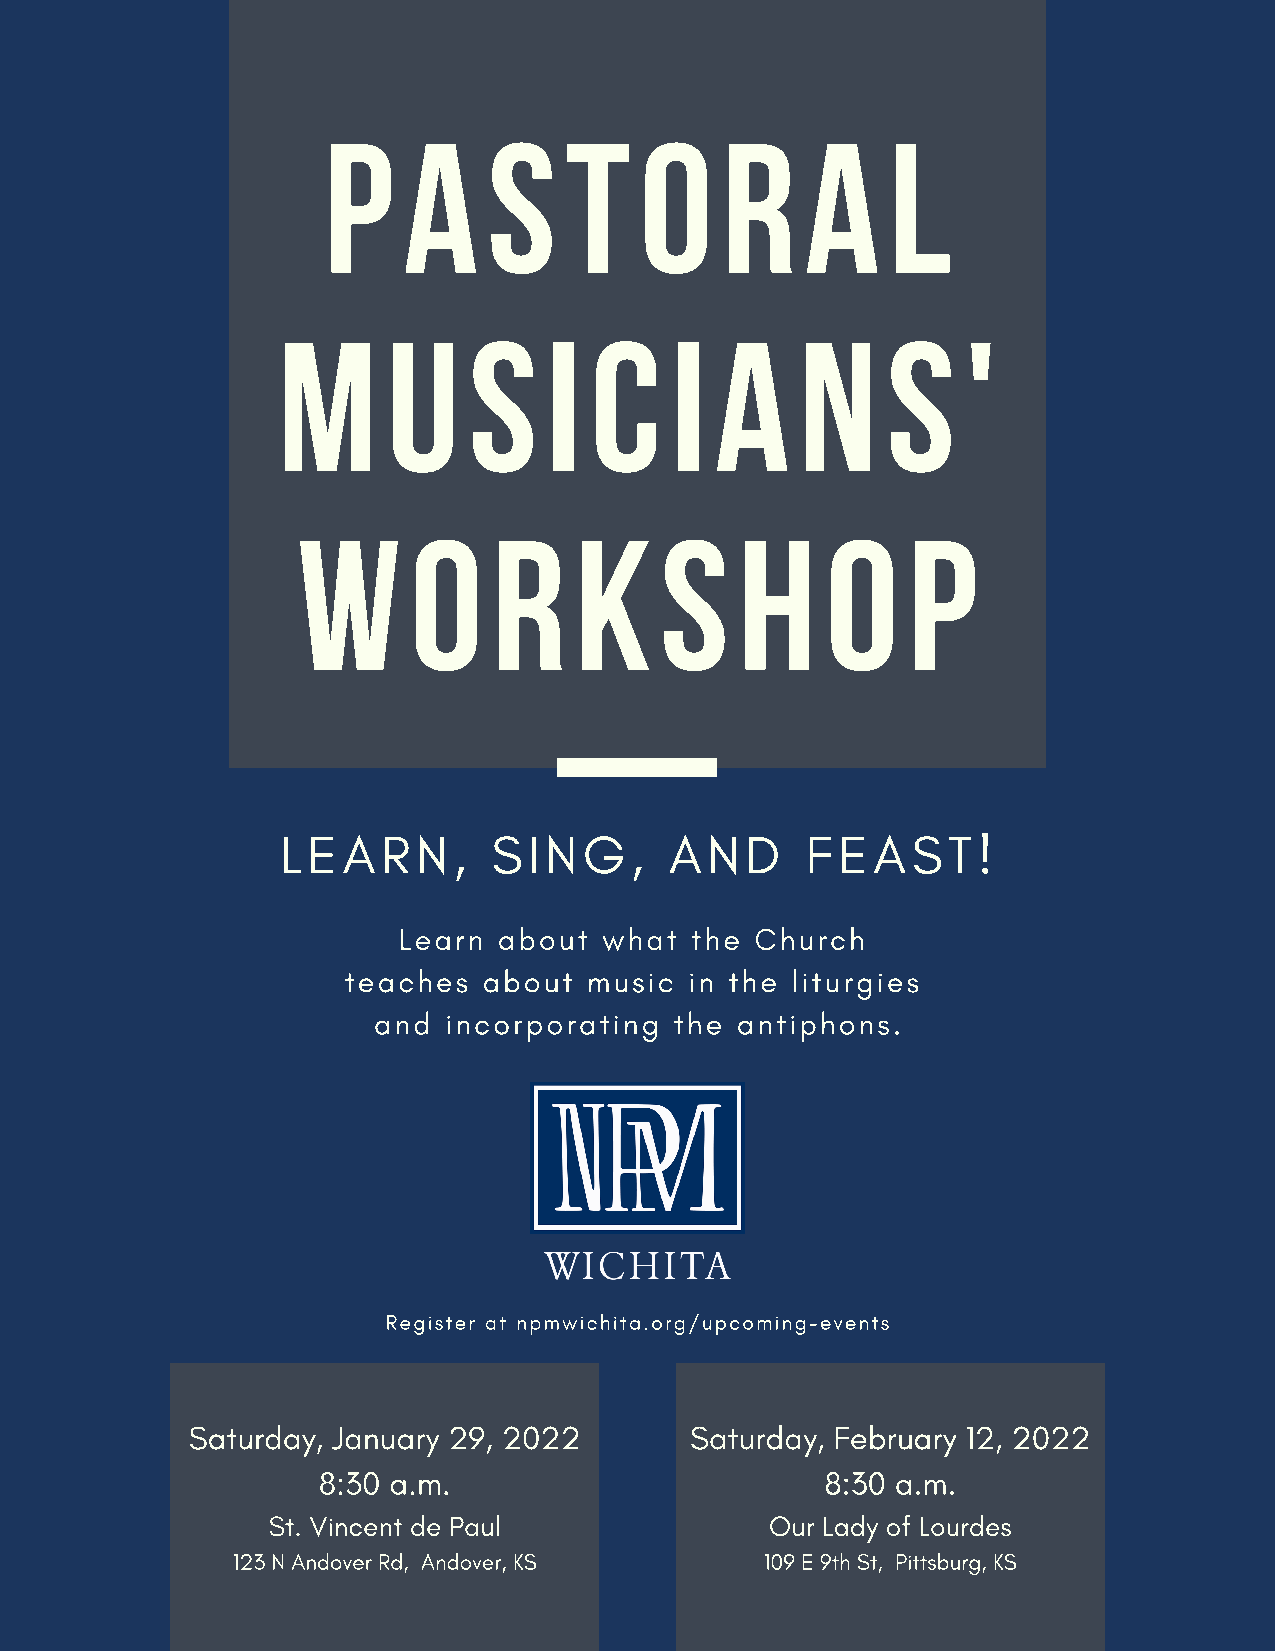
P     A    S    T    O     R    A     L
 M       U    S    I  C    I  A     N     S    '
 W      O     R    K     S    H     O    P
 LEARN,        SING,      AND      FEAST!
 Learn  about  what  the Church
 teaches  about  music  in the liturgies
 and incorporating   the antiphons.
 Register at npmwichita.org/upcoming-events
 Saturday, January 29, 2022        Saturday, February 12, 2022
 8:30 a.m.                         8:30 a.m.
 St. Vincent de Paul              Our Lady of Lourdes
 123 N Andover Rd, Andover, KS       109 E 9th St, Pittsburg, KS